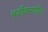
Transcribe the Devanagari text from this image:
नवीकरणीय।